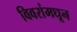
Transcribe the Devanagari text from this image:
विवरांमधून